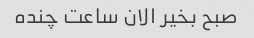
صبح بخیر الان ساعت چنده